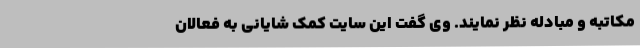
مکاتبه و مبادله نظر نمایند. وی گفت این سایت کمک شایانی به فعالان